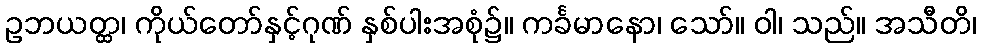
ဥဘယတ္ထ၊ ကိုယ်တော်နှင့်ဂုဏ် နှစ်ပါးအစုံ၌။ ကင်္ခမာနော၊ သော်။ ဝါ၊ သည်။ အသီတိ၊